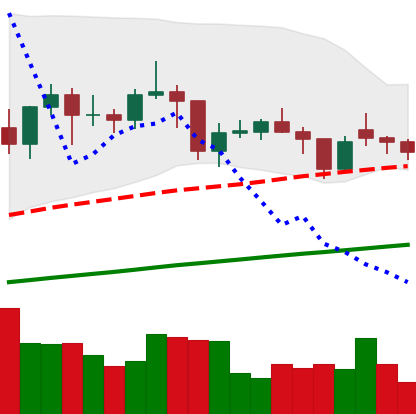
Ticker: LTC-USD
Chart end date: 2021-01-31
Forward return: 19.512%
Label: up_7plus